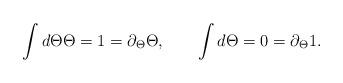
LaTeX: \begin{align*}\int d\Theta\Theta = 1 = \partial _{\Theta }\Theta ,\qquad \int d\Theta = 0= \partial _{\Theta }1.\end{align*}